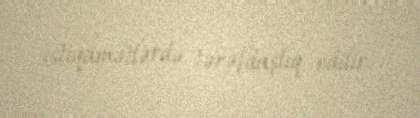
istiqamətlərdə tərəfdaşlıq edilir.